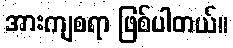
အားကျစရာ ဖြစ်ပါတယ်။